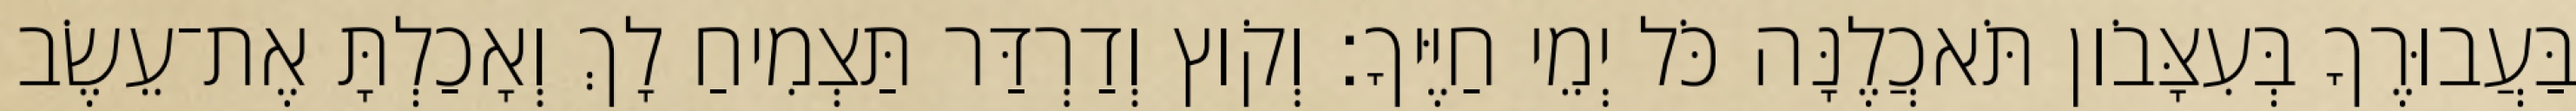
בַּעֲבוּרֶךָ בְּעִצָּבֹון תֹּאכֲלֶנָּה כֹּל יְמֵי חַיֶּיךָ׃ וְקֹוץ וְדַרְדַּר תַּצְמִיחַ לָךְ וְאָכַלְתָּ אֶת־עֵשֶׂב